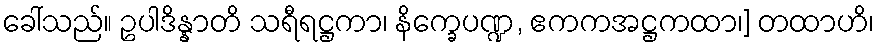
ခေါ်သည်။ ဥပါဒိန္နာတိ သရီရဋ္ဌကာ၊ နိက္ခေပဏ္ဍ, ဧကကအဋ္ဌကထာ၊] တထာဟိ၊